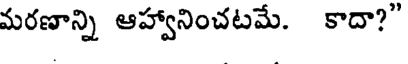
మరణాన్ని ఆహ్వానించటమే. కాదా?"